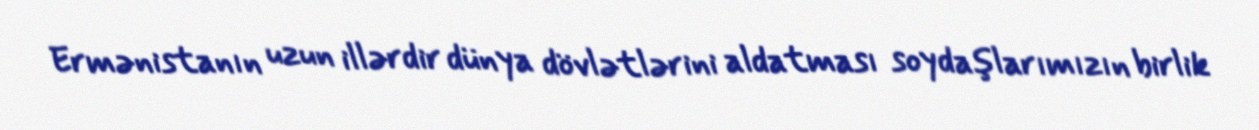
Ermənistanın uzun illərdir dünya dövlətlərini aldatması soydaşlarımızın birlik